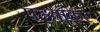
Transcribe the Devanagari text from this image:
पढ़वाकर